Annual report of the Bengal Veterinary College and of the Civil Veterinary Department, Bengal, for the year 1916-17 - 1916-1917
Year: 1916
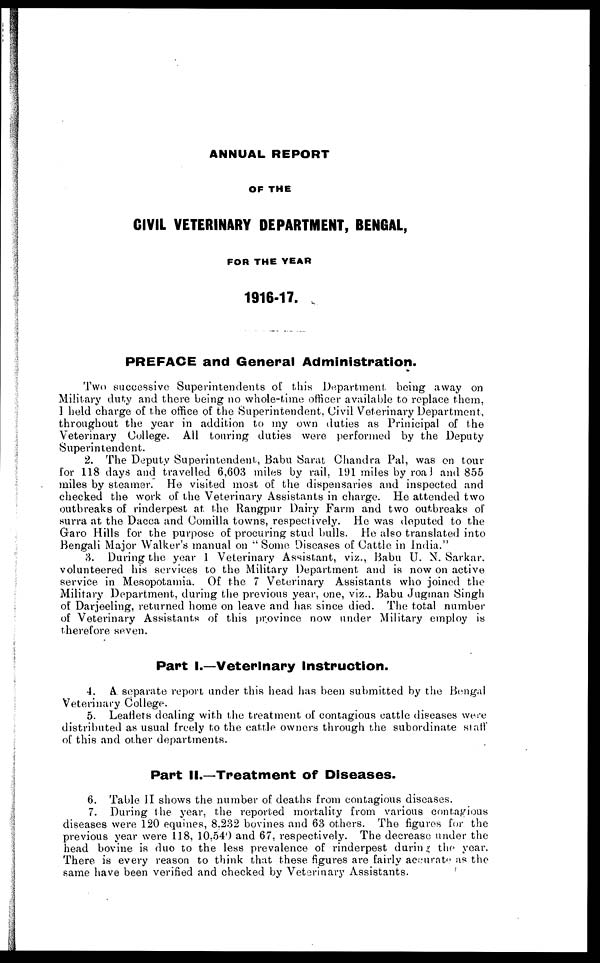
ANNUAL REPORT
OF THE
CIVIL VETERINARY DEPARTMENT, BENGAL,
FOR THE YEAR
1916-17.
PREFACE and General Administration.
Two successive Superintendents of this Department being away on
Military duty and there being no whole-time officer available to replace them,
I held charge of the office of the Superintendent, Civil Veterinary Department,
throughout the year in addition to my own duties as Prinicipal of the
Veterinary College. All touring duties were performed by the Deputy
Superintendent.
2. The Deputy Superintendent, Babu Sarat Chandra Pal, was on tour
for 118 days and travelled 6,603 miles by rail, 191 miles by road and 855
miles by steamer. He visited most of the dispensaries and inspected and
checked the work of the Veterinary Assistants in charge. He attended two
outbreaks of rinderpest at. the Rangpur Dairy Farm and two outbreaks of
surra at the Dacca and Comilla towns, respectively. He was deputed to the
Garo Hills for the purpose of procuring stud bulls. He also translated into
Bengali Major Walker's manual on "Some Diseases of Cattle in India."
3. During the year 1 Veterinary Assistant, viz., Babu U. N. Sarkar.
volunteered his services to the Military Department and is now on active
service in Mesopotamia. Of the 7 Veterinary Assistants who joined the
Military Department, during the previous year, one, viz., Babu Jugman Singh
of Darjeeling, returned home on leave and has since died. The total number
of Veterinary Assistants of this province now under Military employ is
therefore seven.
Part I.—Veterinary Instruction.
4. A separate report under this head has been submitted by the Bengal
Veterinary College.
5. Leaflets dealing with the treatment of contagious cattle diseases were
distributed as usual freely to the cattle owners through the subordinate staff
of this and other departments.
Part II.—Treatment of Diseases.
6. Table II shows the number of deaths from contagious diseases.
7. During the year, the reported mortality from various contagious
diseases were 120 equines, 8,232 bovines and 63 others. The figures for the
previous year were 118, 10,540 and 67, respectively. The decrease under the
head bovine is duo to the less prevalence of rinderpest during the year.
There is every reason to think that these figures are fairly accurate as the
same have been verified and checked by Veterinary Assistants.